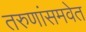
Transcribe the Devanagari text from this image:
तरुणांसमवेत